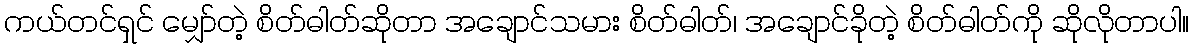
ကယ်တင်ရှင် မျှော်တဲ့ စိတ်ဓါတ်ဆိုတာ အချောင်သမား စိတ်ဓါတ်၊ အချောင်ခိုတဲ့ စိတ်ဓါတ်ကို ဆိုလိုတာပါ။